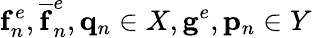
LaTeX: \mathbf{f}_{n}^{e},\mathbf{\overline{{f}}}_{n}^{e},\mathbf{q}_{n}\in X,\mathbf{g}^{e},\mathbf{p}_{n}\in Y